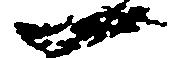
一